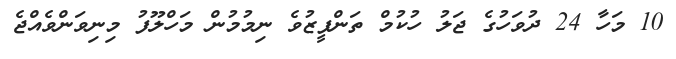
10 މަހާ 24 ދުވަހުގެ ޖަލު ހުކުމް ތަންފީޒުވެ ނިމުމުން މަހްލޫފު މިނިވަންވެއްޖެ